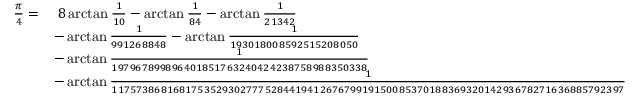
{ \begin{array} { r l } { { \frac { \pi } { 4 } } = } & { \; 8 \arctan { \frac { 1 } { 1 0 } } - \arctan { \frac { 1 } { 8 4 } } - \arctan { \frac { 1 } { 2 1 3 4 2 } } } \\ & { - \arctan { \frac { 1 } { 9 9 1 2 6 8 8 4 8 } } - \arctan { \frac { 1 } { 1 9 3 0 1 8 0 0 8 5 9 2 5 1 5 2 0 8 0 5 0 } } } \\ & { - \arctan { \frac { 1 } { 1 9 7 9 6 7 8 9 9 8 9 6 4 0 1 8 5 1 7 6 3 2 4 0 4 2 4 2 3 8 7 5 8 9 8 8 3 5 0 3 3 8 } } } \\ & { - \arctan { \frac { 1 } { 1 1 7 5 7 3 8 6 8 1 6 8 1 7 5 3 5 2 9 3 0 2 7 7 7 5 2 8 4 4 1 9 4 1 2 6 7 6 7 9 9 1 9 1 5 0 0 8 5 3 7 0 1 8 8 3 6 9 3 2 0 1 4 2 9 3 6 7 8 2 7 1 6 3 6 8 8 5 7 9 2 3 9 7 } } } \end{array} }